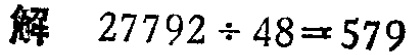
解 \(27792\div48 = 579\)